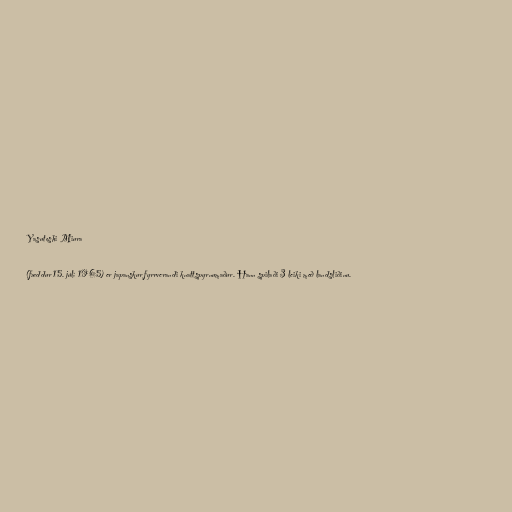
Yasutoshi Miura

(fæddur 15. júlí 1965) er japanskur fyrrverandi knattspyrnumaður. Hann spilaði 3 leiki með landsliðinu.